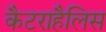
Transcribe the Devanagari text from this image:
कैटराहैलिस